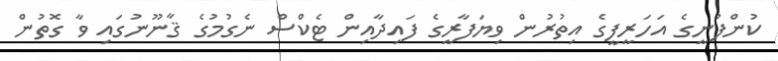
ކުންފުނީގެ އަހަރީފީގެ އިތުރުން ވިޔަފާރީގެ ފައިދާއިން ޓެކްސް ނެގުމުގެ ޤާނޫނުގައި ވާ ގޮތުން